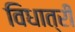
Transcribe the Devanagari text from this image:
विधात्री